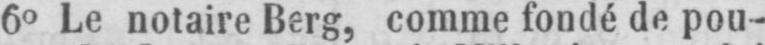
60 Le notaire Berg, comme fondé de pou-